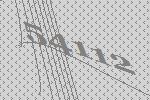
54112